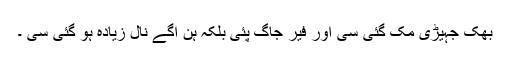
بھُک جہیڑی مک گئی سی اور فیر جاگ پئی بلکہ ہن اگے نال زیادہ ہو گئی سی ۔